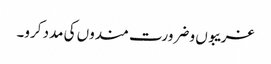
غریبوں و ضرورت مندوں کی مدد کرو۔